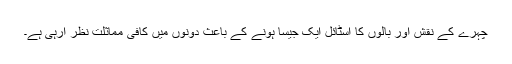
چہرے کے نقش اور بالوں کا اسٹائل ایک جیسا ہونے کے باعث دونوں میں کافی مماثلت نظر آرہی ہے۔